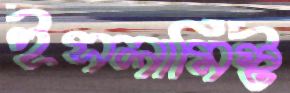
ইসলামিস্ট